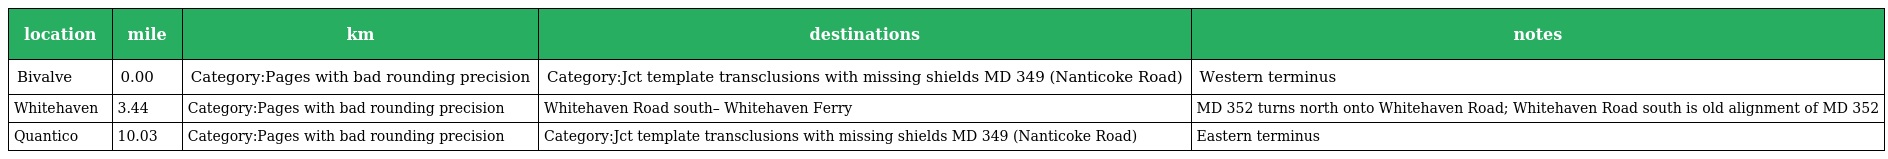
| location | mile | km | destinations | notes |
 | --- | --- | --- | --- | --- |
 | Bivalve | 0.00 | Category:Pages with bad rounding precision | Category:Jct template transclusions with missing shields MD 349 (Nanticoke Road) | Western terminus |
 | Whitehaven | 3.44 | Category:Pages with bad rounding precision | Whitehaven Road south– Whitehaven Ferry | MD 352 turns north onto Whitehaven Road; Whitehaven Road south is old alignment of MD 352 |
 | Quantico | 10.03 | Category:Pages with bad rounding precision | Category:Jct template transclusions with missing shields MD 349 (Nanticoke Road) | Eastern terminus |